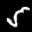
Label: 5